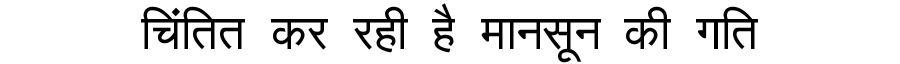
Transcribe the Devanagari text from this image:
चिंतित कर रही है मानसून की गति